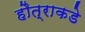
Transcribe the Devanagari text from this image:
हौत्राकडे